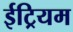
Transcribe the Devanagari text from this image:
ईट्रियम